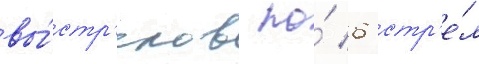
вы́стр'елов по́ 6 стр'е́л